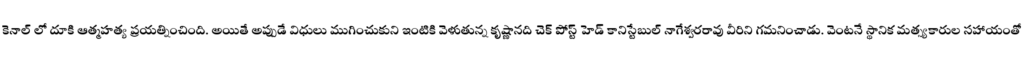
కెనాల్ లో దూకి ఆత్మహత్య ప్రయత్నించింది. అయితే అప్పుడే విధులు ముగించుకుని ఇంటికి వెళుతున్న కృష్ణానది చెక్ పోస్ట్ హెడ్ కానిస్టేబుల్ నాగేశ్వరరావు వీరిని గమనించాడు. వెంటనే స్థానిక మత్స్యకారుల సహాయంతో